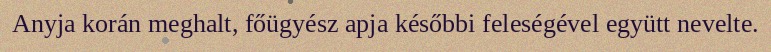
Anyja korán meghalt, főügyész apja későbbi feleségével együtt nevelte.